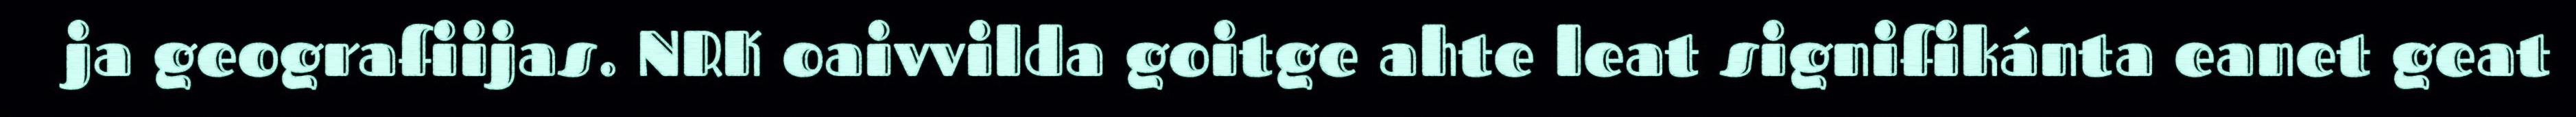
ja geografiijas. NRK oaivvilda goitge ahte leat signifikánta eanet geat